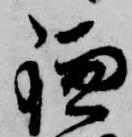
鎌